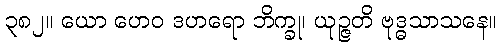
၃၈၂။ ယော ဟေဝ ဒဟရော ဘိက္ခု၊ ယုဉ္ဇတိ ဗုဒ္ဓသာသနေ။